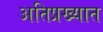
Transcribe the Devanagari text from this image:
अतिप्रख्यात